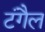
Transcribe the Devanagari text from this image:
टंगैल